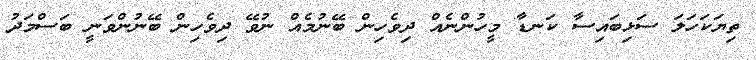
ތިޔަކަހަލަ ސަޅިބައިސާ ކަނޑާ މީހުންނެއް ދިވެހިން ބޭނުމެއް ނުވޭ ދިވެހިން ބޭނުންވަނީ ބަސްމަދު